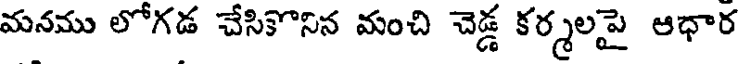
మనము లోగడ చేసికొనిన మంచి చెడ్డ కర్మలపై ఆధార